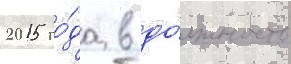
2015 го́да в до́лжность